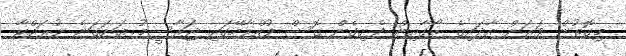
މިގޮތުން ވަރަށް އާދައިގެ ރޯގާއިން ފެށިގެން ގޮސް ފުއްޕާމޭގައި ޖަރާސީމު އަށަގަނެ ނުރައްކާ